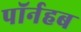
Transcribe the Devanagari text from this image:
पॉर्नहब